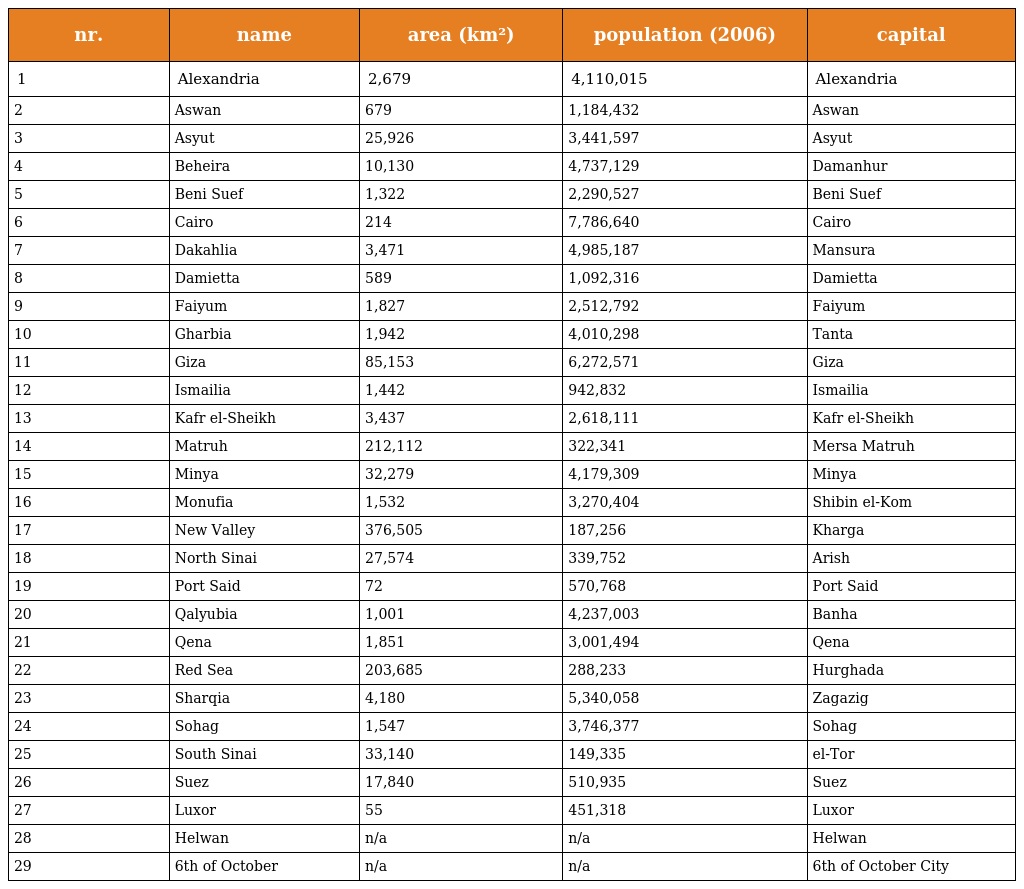
| nr. | name | area (km²) | population (2006) | capital |
 | --- | --- | --- | --- | --- |
 | 1 | Alexandria | 2,679 | 4,110,015 | Alexandria |
 | 2 | Aswan | 679 | 1,184,432 | Aswan |
 | 3 | Asyut | 25,926 | 3,441,597 | Asyut |
 | 4 | Beheira | 10,130 | 4,737,129 | Damanhur |
 | 5 | Beni Suef | 1,322 | 2,290,527 | Beni Suef |
 | 6 | Cairo | 214 | 7,786,640 | Cairo |
 | 7 | Dakahlia | 3,471 | 4,985,187 | Mansura |
 | 8 | Damietta | 589 | 1,092,316 | Damietta |
 | 9 | Faiyum | 1,827 | 2,512,792 | Faiyum |
 | 10 | Gharbia | 1,942 | 4,010,298 | Tanta |
 | 11 | Giza | 85,153 | 6,272,571 | Giza |
 | 12 | Ismailia | 1,442 | 942,832 | Ismailia |
 | 13 | Kafr el-Sheikh | 3,437 | 2,618,111 | Kafr el-Sheikh |
 | 14 | Matruh | 212,112 | 322,341 | Mersa Matruh |
 | 15 | Minya | 32,279 | 4,179,309 | Minya |
 | 16 | Monufia | 1,532 | 3,270,404 | Shibin el-Kom |
 | 17 | New Valley | 376,505 | 187,256 | Kharga |
 | 18 | North Sinai | 27,574 | 339,752 | Arish |
 | 19 | Port Said | 72 | 570,768 | Port Said |
 | 20 | Qalyubia | 1,001 | 4,237,003 | Banha |
 | 21 | Qena | 1,851 | 3,001,494 | Qena |
 | 22 | Red Sea | 203,685 | 288,233 | Hurghada |
 | 23 | Sharqia | 4,180 | 5,340,058 | Zagazig |
 | 24 | Sohag | 1,547 | 3,746,377 | Sohag |
 | 25 | South Sinai | 33,140 | 149,335 | el-Tor |
 | 26 | Suez | 17,840 | 510,935 | Suez |
 | 27 | Luxor | 55 | 451,318 | Luxor |
 | 28 | Helwan | n/a | n/a | Helwan |
 | 29 | 6th of October | n/a | n/a | 6th of October City |